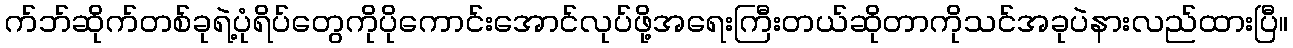
က်ဘ်ဆိုက်တစ်ခုရဲ့ပုံရိပ်တွေကိုပိုကောင်းအောင်လုပ်ဖို့အရေးကြီးတယ်ဆိုတာကိုသင်အခုပဲနားလည်ထားပြီ။